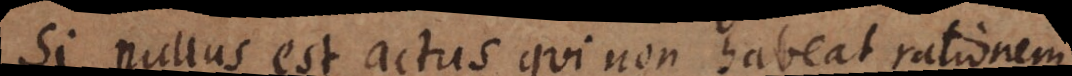
Si nullus est actus qui non habeat rationem